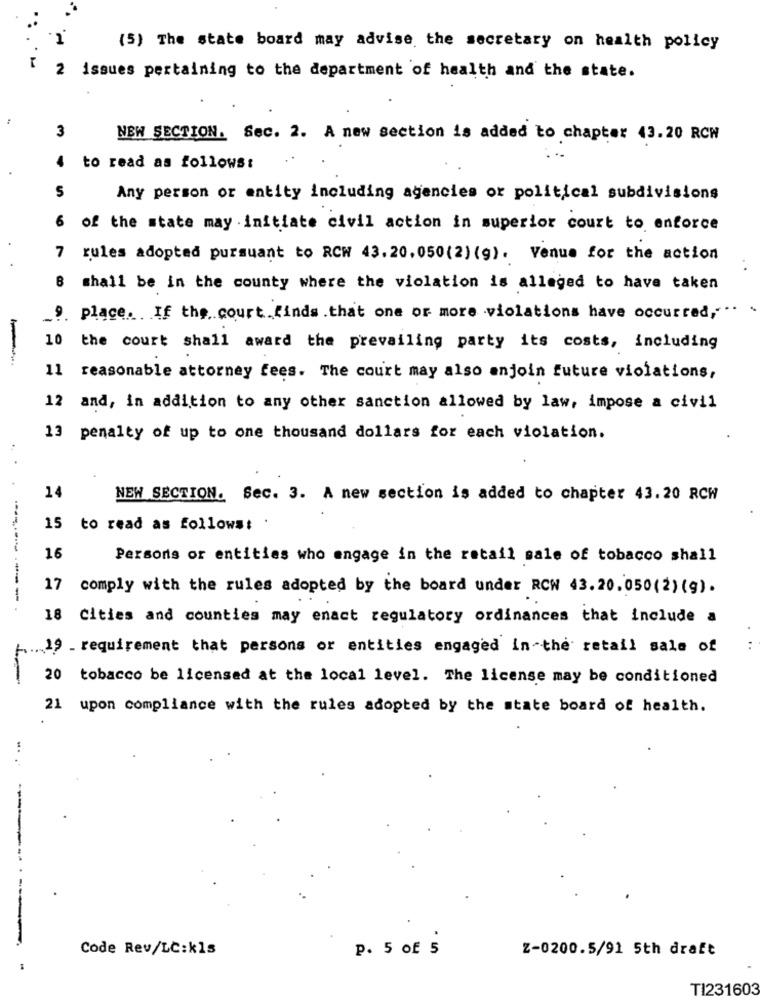
(5) The state board may advise the secretary on health policy
2 issues pertaining to the department of health and the state.
3
NEW SECTION. Sec. 2. A new section is added to chapter 43.20 RCW
to read as follows:
S
Any person or entity including agencies or political subdivisions
6 of the state may initiate civil action in superior court to enforce
7 rules adopted pursuant to RCW 43.20.050(2) (g). Venue for the action
shall be in the county where the violation is alleged to have taken
_!. place .. If the, court finds .that one or more violations have occurred,"
10 the court shall award the prevailing party its costs, including
-
11 reasonable attorney fees. The court may also anjoin future violations,
12 and, in addition to any other sanction allowed by law, impose a civil
13 penalty of up to one thousand dollars for each violation.
14
NEW SECTION. Sec. 3. A new section is added to chapter 43.20 RCW
15 to read as follows:
16
Persons or entities who engage in the retail sale of tobacco shall
17 comply with the rules adopted by the board under RCN 43.20.050(2) (9).
------------
18 Cities and counties may enact regulatory ordinances that include a
... 19 _ requirement that persons or entities engaged in the retail sale of
20 tobacco be licensed at the local level. The license may be conditioned
21 upon compliance with the rules adopted by the state board of health.
.. ..
Code Rev/LC:kis
P. 5 of 5
Z-0200.5/91 5th draft
TI231603